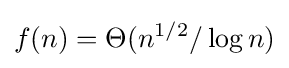
f(n)=\Theta (n^{1/2}/\log n)